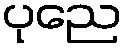
ပုညေ